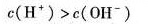
c (H^{+}) > c (O H^{-})$$